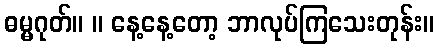
ဓမ္မဂုတ်။ ။ နေ့နေ့တော့ ဘာလုပ်ကြသေးတုန်း။